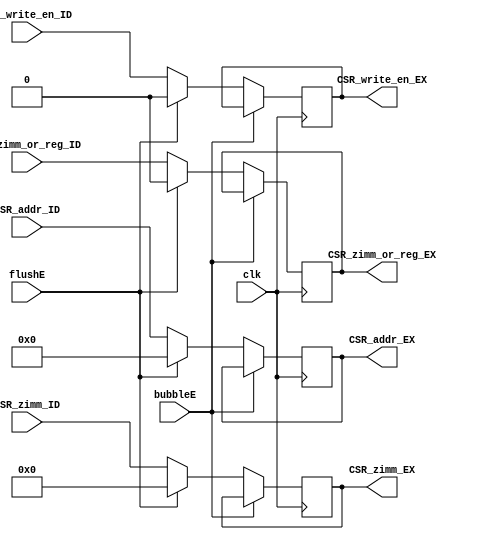
`timescale 1ns / 1ps
// 
    // 

module CSR_EX(
    input wire clk, bubbleE, flushE,
    input wire [11:0] CSR_addr_ID,
    input wire [31:0] CSR_zimm_ID,
    input wire CSR_zimm_or_reg_ID,
    input wire CSR_write_en_ID,
    output reg [11:0] CSR_addr_EX,
    output reg [31:0] CSR_zimm_EX,
    output reg CSR_zimm_or_reg_EX,
    output reg CSR_write_en_EX
    );

    // TODO: Complete this module

    /* FIXME: Write your code here... */
    initial 
    begin
        CSR_addr_EX = 12'b0;
        CSR_zimm_EX = 32'b0;
        CSR_zimm_or_reg_EX = 1'b0;
        CSR_write_en_EX = 1'b0;        
    end
    
    always@(posedge clk)
        if (!bubbleE) 
        begin
            if (flushE)
            begin
                CSR_addr_EX <= 12'b0;
                CSR_zimm_EX <= 32'b0;
                CSR_zimm_or_reg_EX <= 1'b0;
                CSR_write_en_EX <= 1'b0;
            end
            else
            begin
                CSR_addr_EX <= CSR_addr_ID;
                CSR_zimm_EX <= CSR_zimm_ID;
                CSR_zimm_or_reg_EX <= CSR_zimm_or_reg_ID;
                CSR_write_en_EX <= CSR_write_en_ID;
            end
        end
    
endmodule